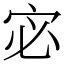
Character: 宓